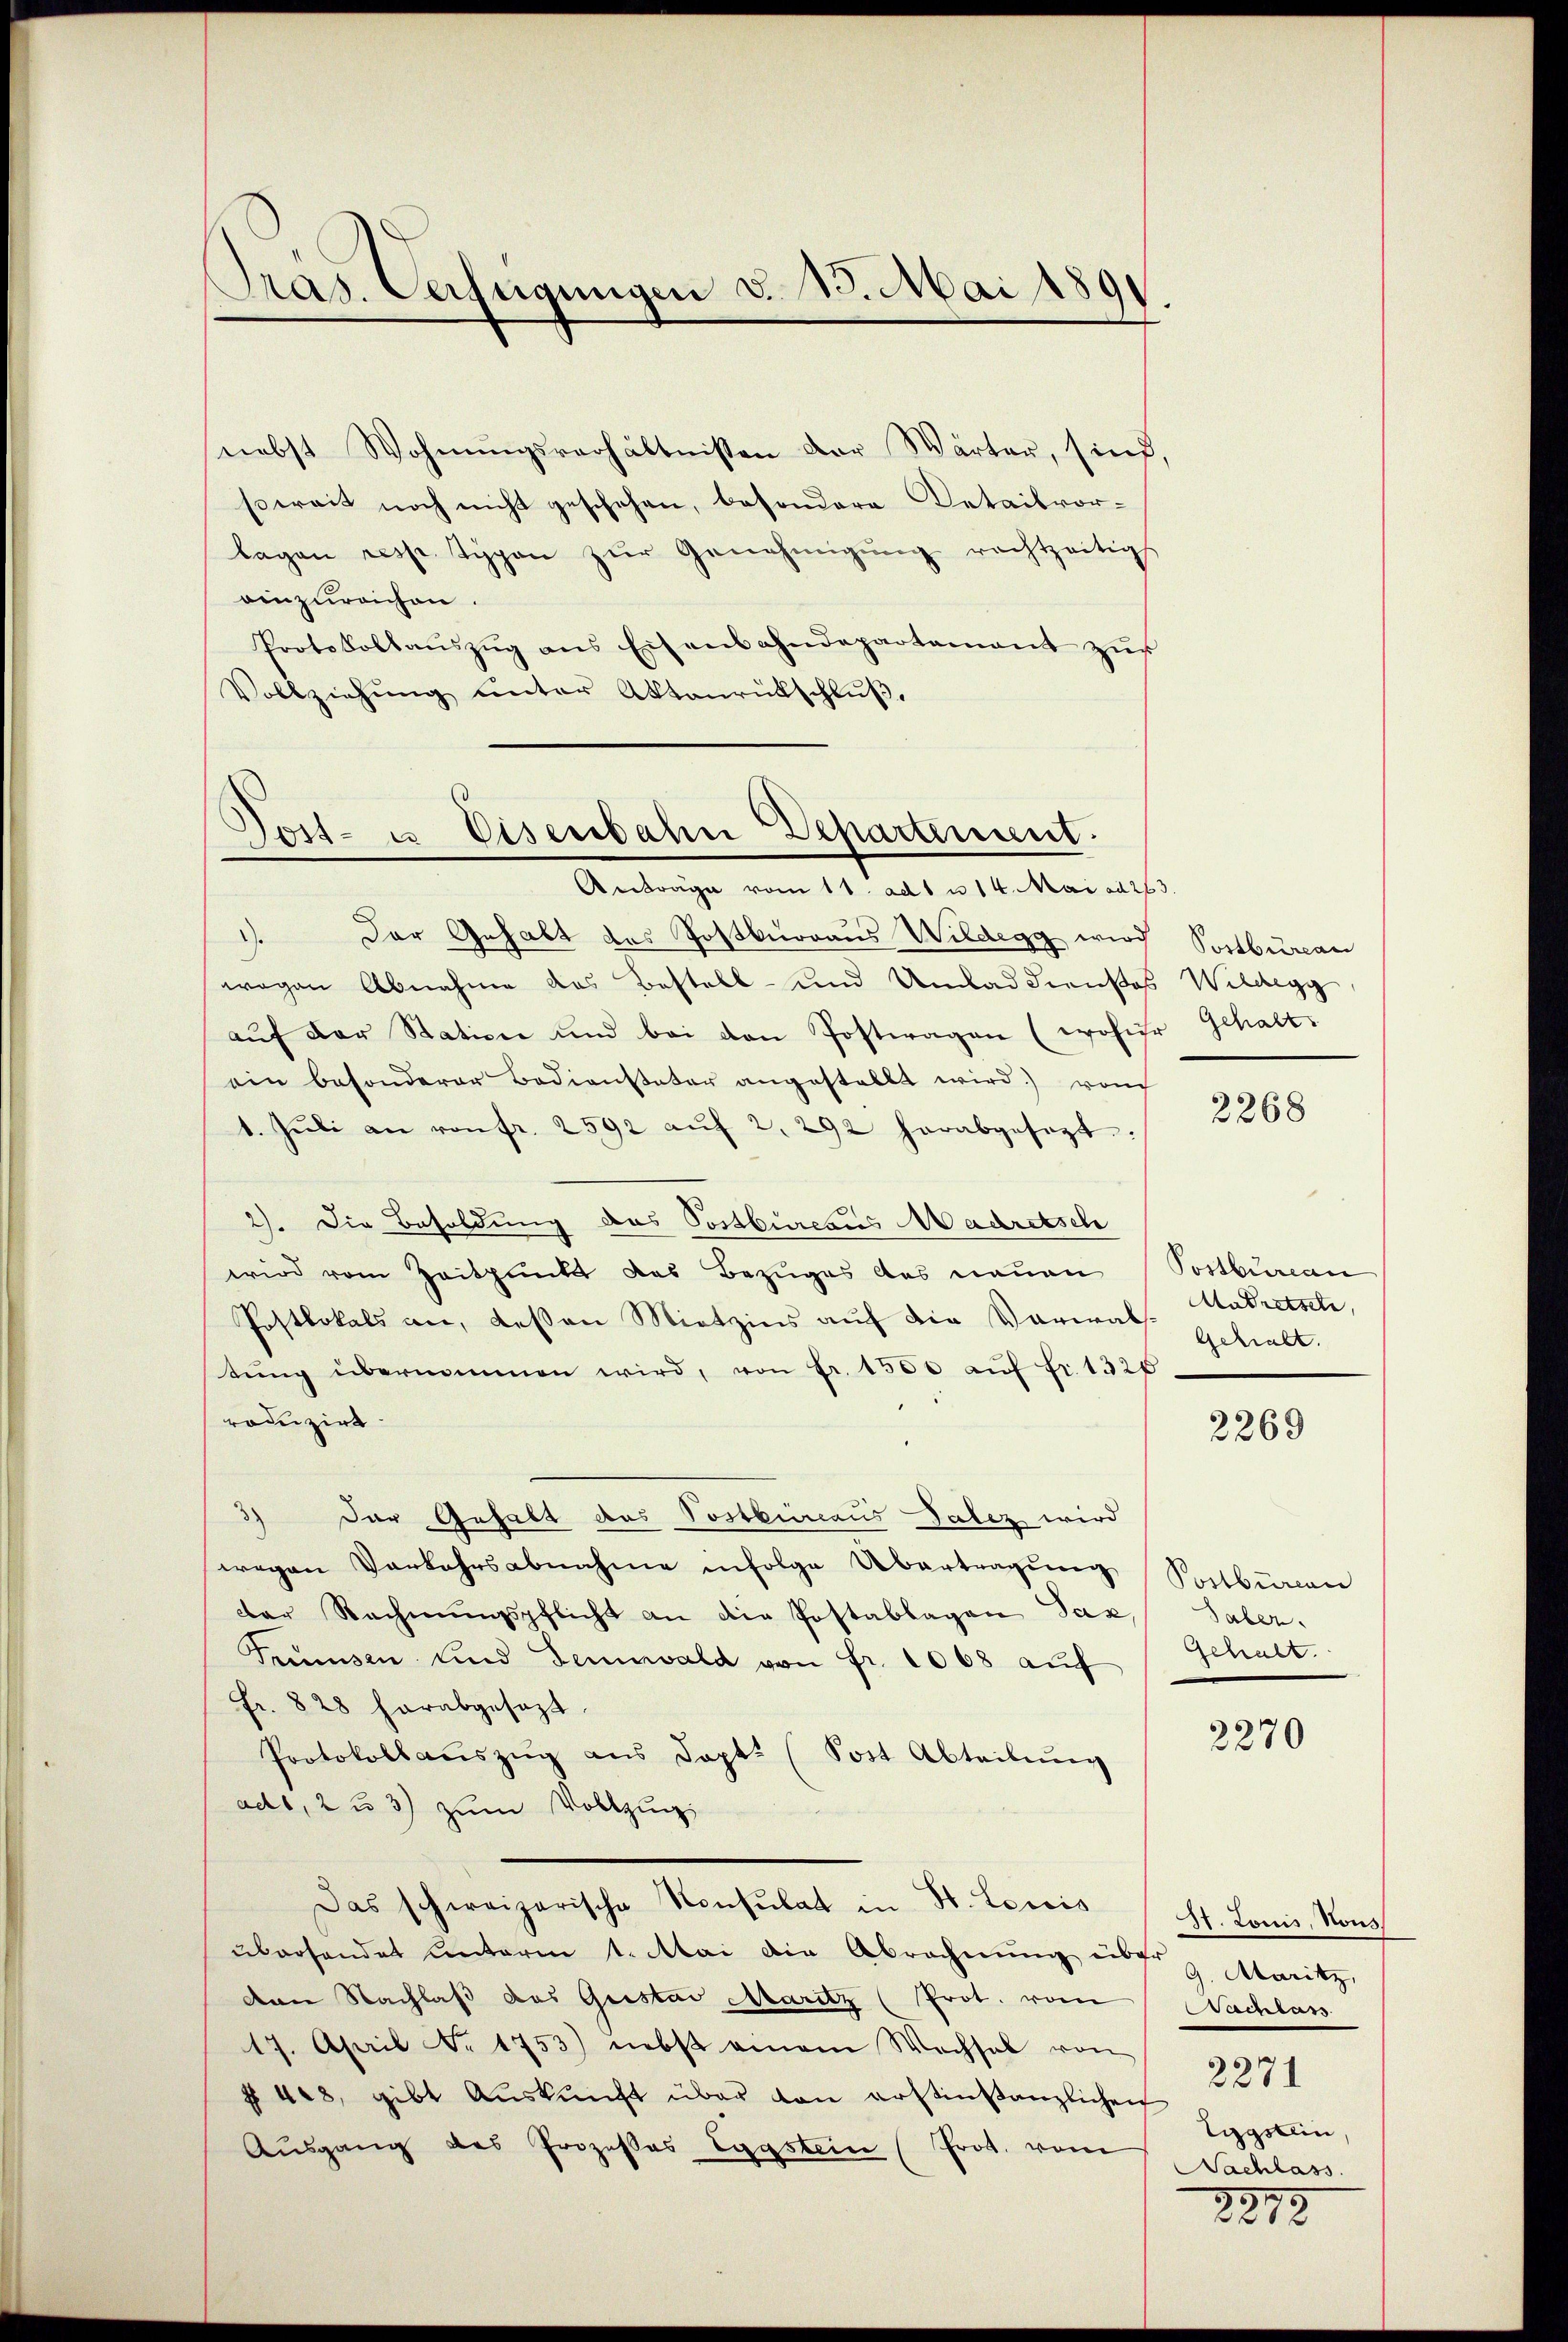
Pras. Verfügungen d. 13. Mai 1891.

nebst Wohnŭngsverhältnissen der Wärter, sind,
soweit noch nicht geschehen, besondere Detailvor-
lagen resp. Typen zur Genehmigung rechtzeitigs
einzureichen.
Protokollaŭszŭg ans Eisenbahndepartement zŭr
Vollziehung unter Aktenrückschluß.

Post- u. Eisenbahn Departement.
Antrage vom 11. ad 1 u 14. Mai ad 263.

1. Der Gehalt des Postburraus Wildegg wird Postbureau
wegen Abnahme das Bestell- und Umbad dienstes Wildegg
aŭf der Station und bei den Postwagen (woher Gehalt
ein besonderer Bedienstater angestellt wird. vom
1. Jŭli an von fr. 2592 aŭf 2. 292 herabgesezt:
2). Die Besoldung das Postbureaus Madretsch
wird vom Zeitpunkt das Bezuges des neuen
Postlokals an, deßen Miethzins auf die Verwalt gehalt
tŭng übernommen wird, von Fr. 1500 aŭf Fr. 1325
rodizirt.
Der Gehalt das Postbeinaus Talez wird
wegen Vorkehrsabnahme infolge Übertragung
der Rechnungspflicht an die Postablagen Tax
Trimsen und Genevald von fr. 1068 aŭf
Fr. 828 herabgesezt.
Protokoll aŭszŭg ans Sept. (Post Abteilŭng
ade, 2 u 3 zum Vollzug
Das schweizerische Konsulat in St. Loris
überhandet unterm 1. Mai die Abrechnung über
von Nachlaß das Gustav Maritz (Prot. vom
17. April Nr. 1753) nebst einem Wachsel von
§ 408, gibt Aŭskŭnft über von erstinstanzlichen
Ausgang des Prozesses Engstein (Prot. vom

2268

Postbureau
Audretsche,

2269

Postbüreau
Jaber.
Gehalt.

2270

H. Louis, Nous
G. Maritz,
Nachlass
2271
tigstein,
Nachlass
15.

2312